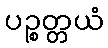
ပဉ္စတ္တယံ